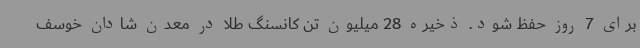
برای 7 روز حفظ شود. ذخیره 28 میلیون تن کانسنگ طلا در معدن شادان خوسف